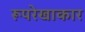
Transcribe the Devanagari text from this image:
रूपरेखाकार